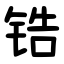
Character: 锆